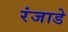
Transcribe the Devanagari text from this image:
रंजाडे